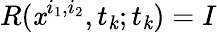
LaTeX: R(\mathit{x}^{i_{1},i_{2}},t_{\mathit{k}};t_{\mathit{k}})=I